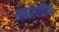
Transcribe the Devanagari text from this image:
अमात्यादींना